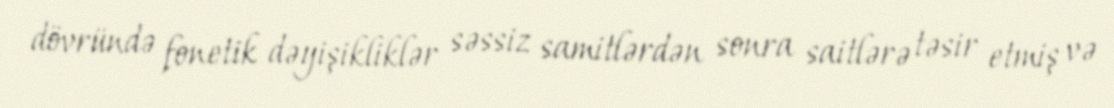
dövründə fonetik dəyişikliklər səssiz samitlərdən sonra saitlərə təsir etmiş və